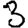
Digit: 3